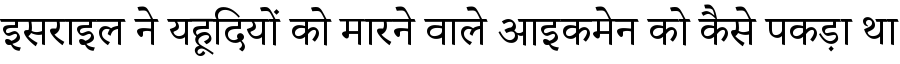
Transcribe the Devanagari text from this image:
इसराइल ने यहूदियों को मारने वाले आइकमेन को कैसे पकड़ा था